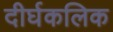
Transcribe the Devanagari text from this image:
दीर्घकलिक